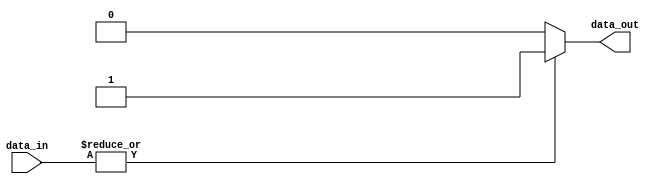
module OR_gate_16(input [15:0] data_in,
                  output reg data_out);

  always @(*) begin
    if (|data_in) begin
      data_out = 1;
    end else begin
      data_out = 0;
    end
  end

endmodule